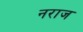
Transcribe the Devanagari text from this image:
नराज